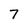
Character: 7